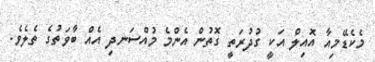
މެކެޑޭމިއާ އޮއިލް އަކީ ގުދުރަތީ ގޮތުން އެންމެ މުއްސަނދި އެއް ބާވަތުގެ ތެލެވެ.